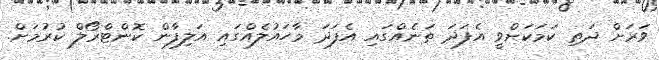
ވަރަށް ދަތި ކަމަކަށްވީ އެފަދަ ތަނެއްގައި އެފަދަ މާހައުލެއްގައި އަލިފާން ކޮންޓްރޯލް ކުރުމަށް.